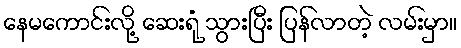
နေမကောင်းလို့ ဆေးရုံ သွားပြီး ပြန်လာတဲ့ လမ်းမှာ။